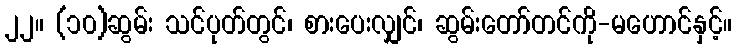
၂၂။ (၁၀)ဆွမ်း သင်ပုတ်တွင်၊ စားပေးလျှင်၊ ဆွမ်းတော်တင်ကို-မဟောင်နှင့်။